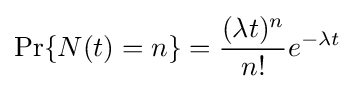
\Pr\{N(t)=n\}={\frac {(\lambda t)^{n}}{n!}}e^{-\lambda t}